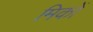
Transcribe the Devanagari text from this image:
मिकों